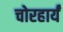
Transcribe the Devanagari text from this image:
चोरहार्यं